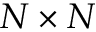
N \times N